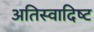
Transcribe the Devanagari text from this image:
अतिस्‍वादिष्‍ट